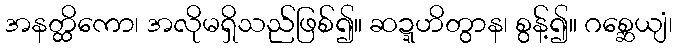
အနတ္ထိကော၊ အလိုမရှိသည်ဖြစ်၍။ ဆဍ္ဍဟိတွာန၊ စွန့်၍။ ဂစ္ဆေယျံ၊